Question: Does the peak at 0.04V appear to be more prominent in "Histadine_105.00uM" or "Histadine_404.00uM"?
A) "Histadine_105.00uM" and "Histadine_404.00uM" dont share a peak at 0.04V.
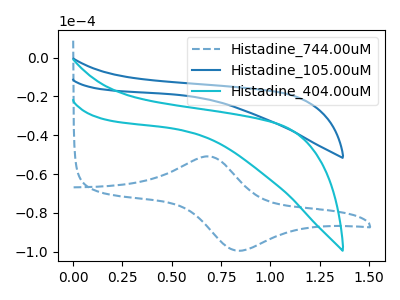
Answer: <think>The blue dashed curve "Histadine_744.00uM" has an anodic peak at (0.70V, -50.90uA) and a cathodic peak at (0.85V, -99.50uA). The blue curve "Histadine_105.00uM" has no peaks. The cyan curve "Histadine_404.00uM" has no peaks.</think>
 <answer>A) "Histadine_105.00uM" and "Histadine_404.00uM" dont share a peak at 0.04V.</answer>
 <eval>A</eval>